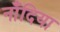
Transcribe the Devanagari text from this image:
नाँदिया